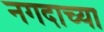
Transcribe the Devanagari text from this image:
नगदाच्या